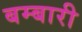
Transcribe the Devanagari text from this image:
बम्बारी